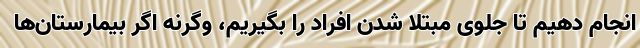
انجام دهیم تا جلوی مبتلا شدن افراد را بگیریم، وگرنه اگر بیمارستان‌ها